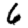
Digit: 6